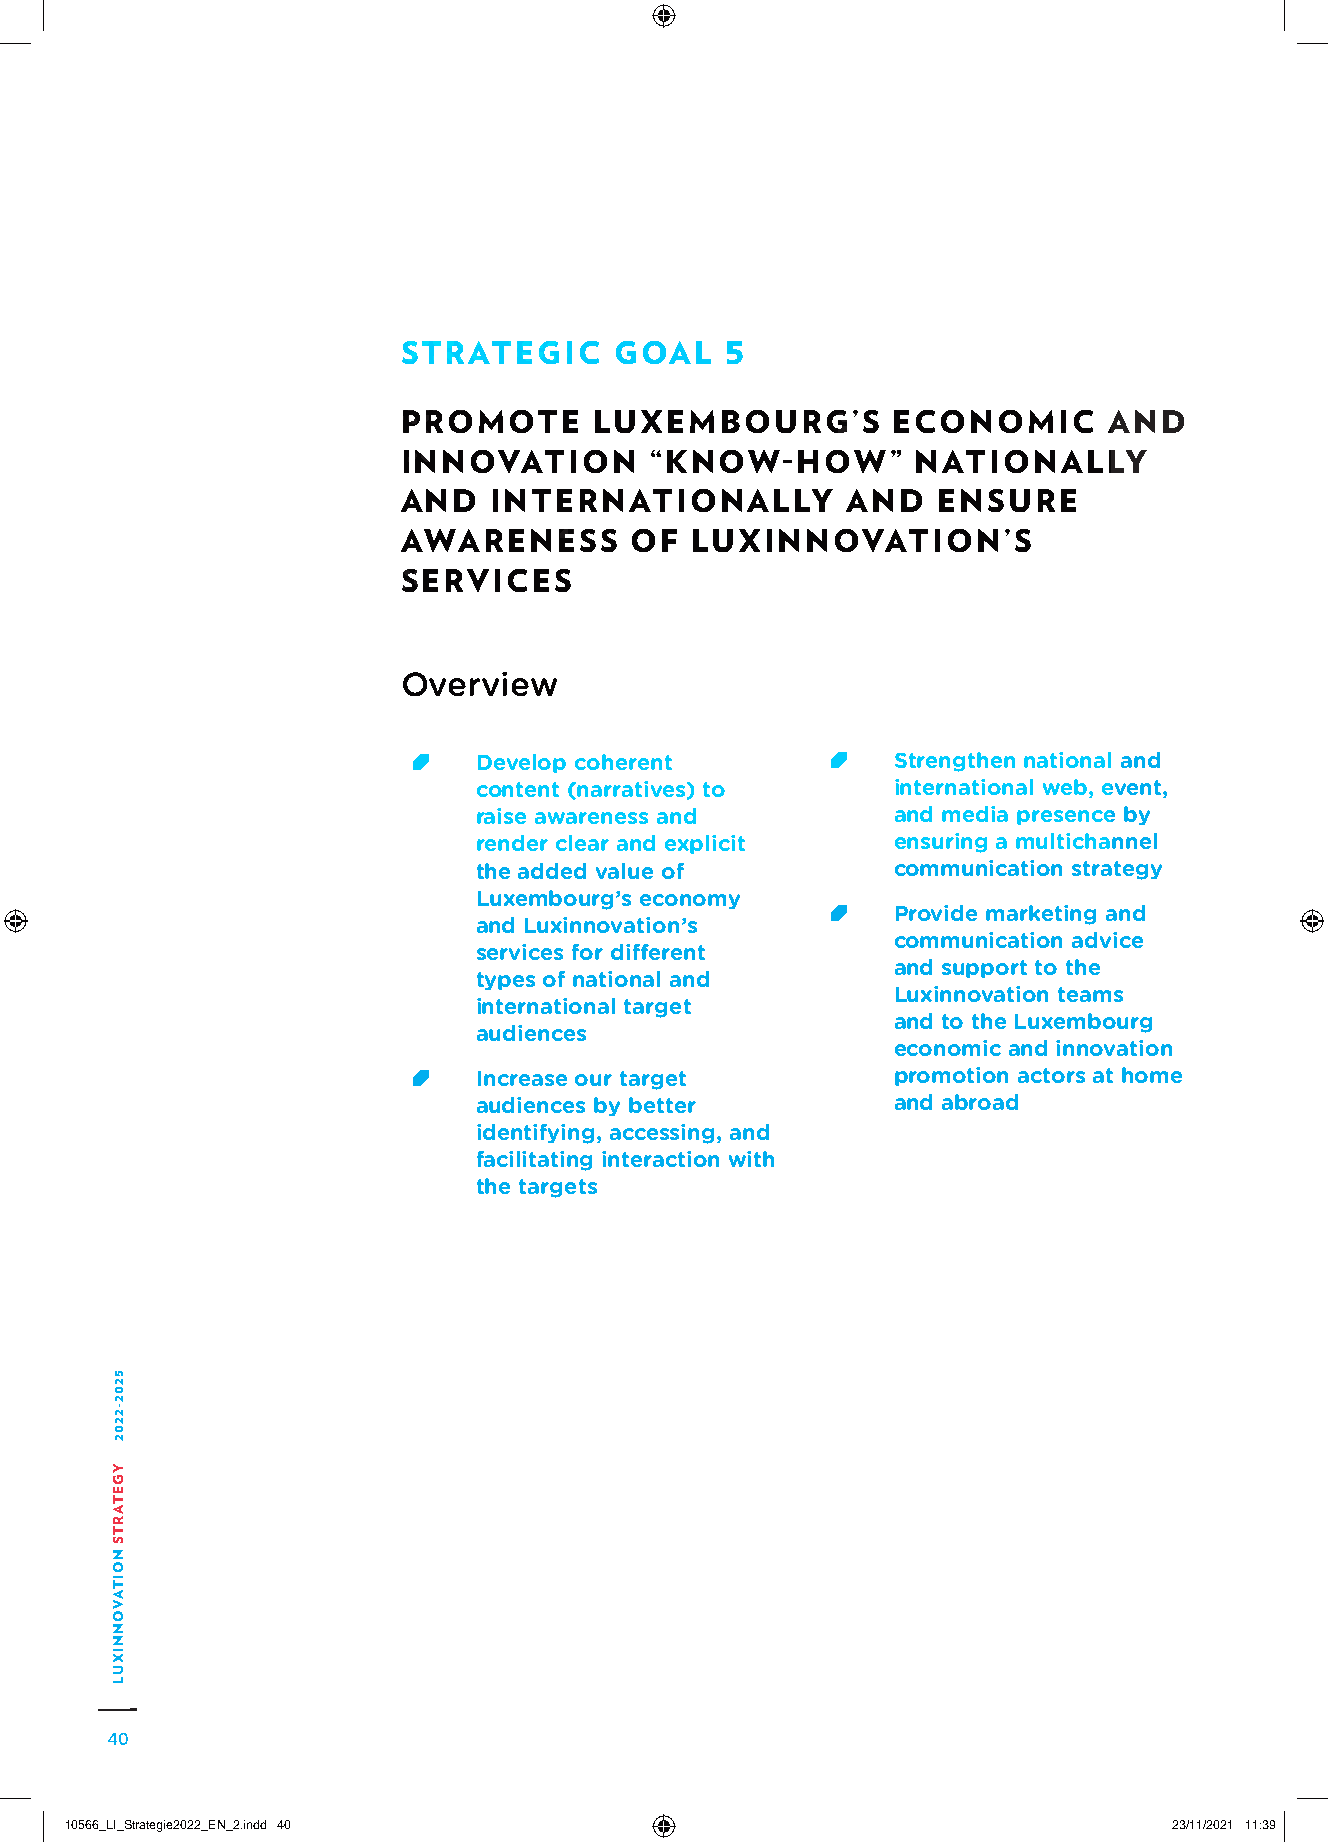
STRATEGIC     GOAL   5
 PROMOTE     LUXEMBOURG’S        ECONOMIC      AND
 INNOVATION      “KNOW-HOW”        NATIONALLY
 AND  INTERNATIONALLY         AND   ENSURE
 AWARENESS      OF  LUXINNOVATION’S
 SERVICES
 Overview
 D evelop coherent           Strengthen national and
 content (narratives) to     international web, event,
 raise awareness and         and media presence by
 render clear and explicit   ensuring a multichannel
 the added value of          communication strategy
 Luxembourg’s economy
 Provide marketing and
 and Luxinnovation’s
 communication advice
 services for different
 and support to the
 types of national and
 Luxinnovation teams
 international target
 and to the Luxembourg
 audiences
 economic and innovation
 Increase our target         promotion actors at home
 audiences by better         and abroad
 identifying, accessing, and
 facilitating interaction with
 the targets
 40
 1100556666__LLII__SSttrraatteeggiiee22002222__EENN__22..iinndddd 4400     2233//1111//22002211 1111::3399
 5202-2202
 YGETARTS
 NOITAVONNIXUL